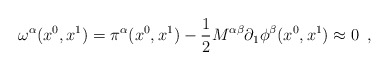
\begin{align*}\omega ^{\alpha } (x^{0},x^{1}) = \pi ^{\alpha}(x^{0},x^{1}) - \frac{1}{2} M ^{\alpha \beta}\partial_{1}\phi ^{\beta }(x^{0},x^{1}) \approx 0\,\,\, , \end{align*}